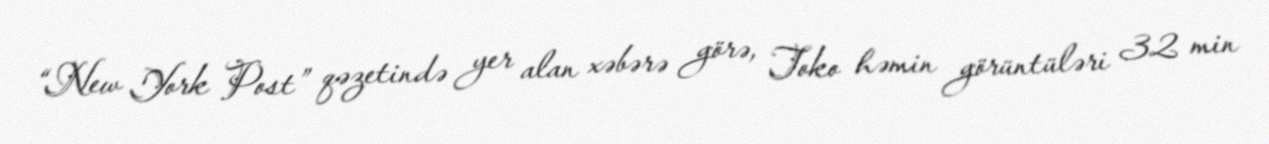
“New York Post” qəzetində yer alan xəbərə görə, Toko həmin görüntüləri 32 min